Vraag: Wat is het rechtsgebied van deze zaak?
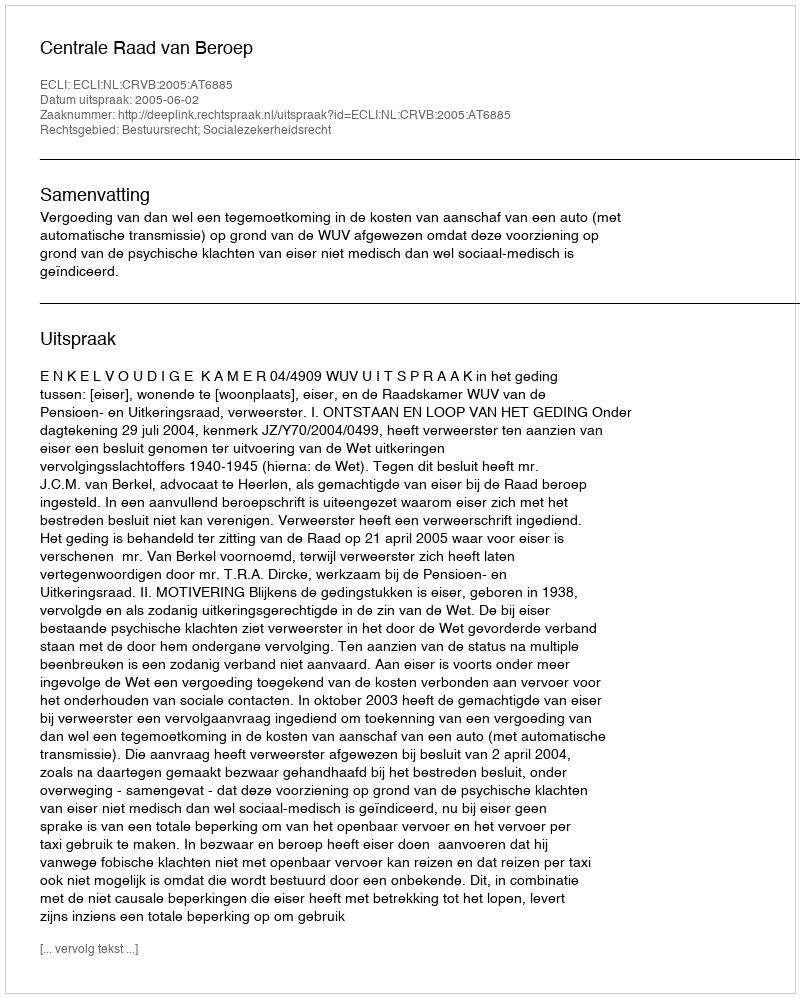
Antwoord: Bestuursrecht; Socialezekerheidsrecht